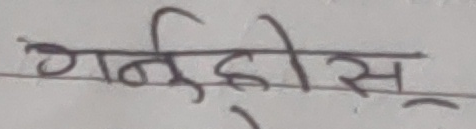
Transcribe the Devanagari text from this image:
गर्नेहीस्